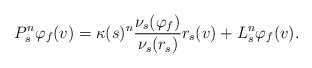
\begin{align*}P_s^n \varphi_f(v) = \kappa(s)^n \frac{ \nu_s(\varphi_f) }{ \nu_s(r_s) } r_s(v) + L_s^n \varphi_f(v).\end{align*}